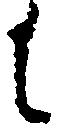
に